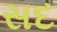
સદ